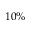
1 0 \%